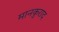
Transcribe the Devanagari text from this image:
मानकुराद